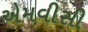
એમવીસી